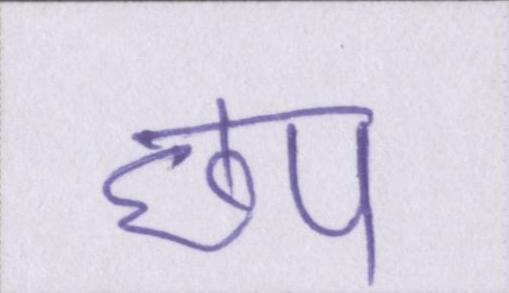
छप